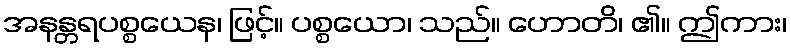
အနန္တရပစ္စယေန၊ ဖြင့်။ ပစ္စယော၊ သည်။ ဟောတိ၊ ၏။ ဤကား၊